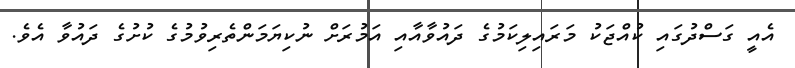
އެއީ ގަސްދުގައި ކުއްޖަކު މަރައިލިކަމުގެ ދައުވާއާއި އަމުރަށް ނުކިޔަމަންތެރިވުމުގެ ކުށުގެ ދައުވާ އެވެ.